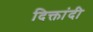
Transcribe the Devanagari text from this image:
दिक्तांदी